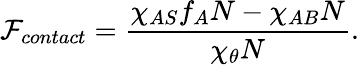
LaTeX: \mathcal{F}_{contact}=\frac{\chi_{AS}f_{A}N-\chi_{AB}N}{\chi_{\theta}N}.